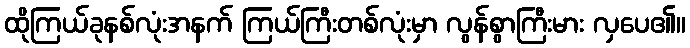
ထိုကြယ်ခုနစ်လုံးအနက် ကြယ်ကြီးတစ်လုံးမှာ လွန်စွာကြီးမား လှပေ၏။